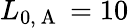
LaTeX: L_{0,\mathrm{~A~}}=10